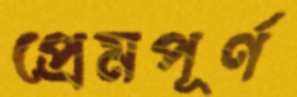
প্রেমপূর্ণ